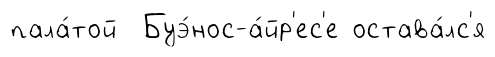
пала́той Буэ́нос-а́йр'ес'е остава́лс'я